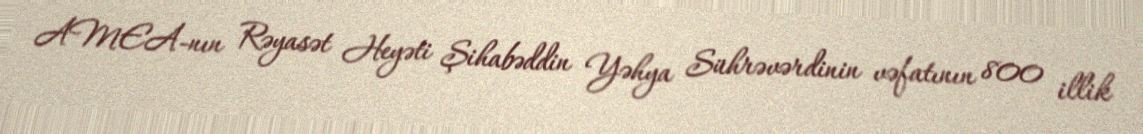
AMEA-nın Rəyasət Heyəti Şihabəddin Yəhya Sührəvərdinin vəfatının 800 illik